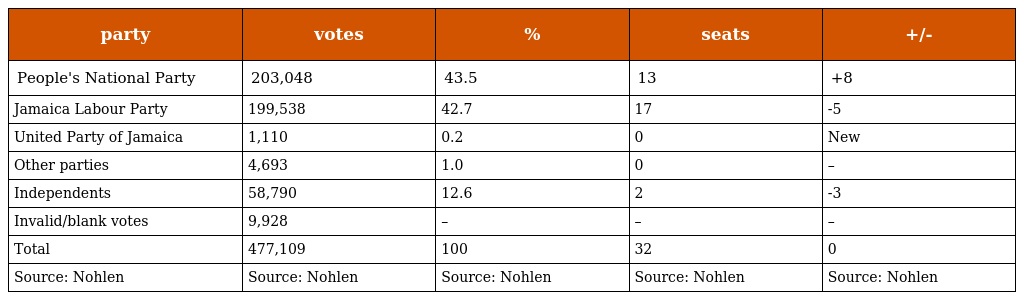
| party | votes | % | seats | +/- |
 | --- | --- | --- | --- | --- |
 | People's National Party | 203,048 | 43.5 | 13 | +8 |
 | Jamaica Labour Party | 199,538 | 42.7 | 17 | -5 |
 | United Party of Jamaica | 1,110 | 0.2 | 0 | New |
 | Other parties | 4,693 | 1.0 | 0 | – |
 | Independents | 58,790 | 12.6 | 2 | -3 |
 | Invalid/blank votes | 9,928 | – | – | – |
 | Total | 477,109 | 100 | 32 | 0 |
 | Source: Nohlen | Source: Nohlen | Source: Nohlen | Source: Nohlen | Source: Nohlen |